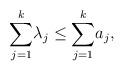
LaTeX: \begin{align*}\underset{j=1}{\overset{k}{\sum }}\lambda _{j}\leq \underset{j=1}{\overset{k}{\sum }}a_{j}, \end{align*}